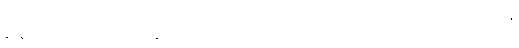
န နဟာယေယျ (ဆဋ္ဌ) မချိုးရာ။ ယထာပစ္စယံ ဝါ၊ အလိုရှိတိုင်းသော ရေကိစ္စကိုလည်း။ န